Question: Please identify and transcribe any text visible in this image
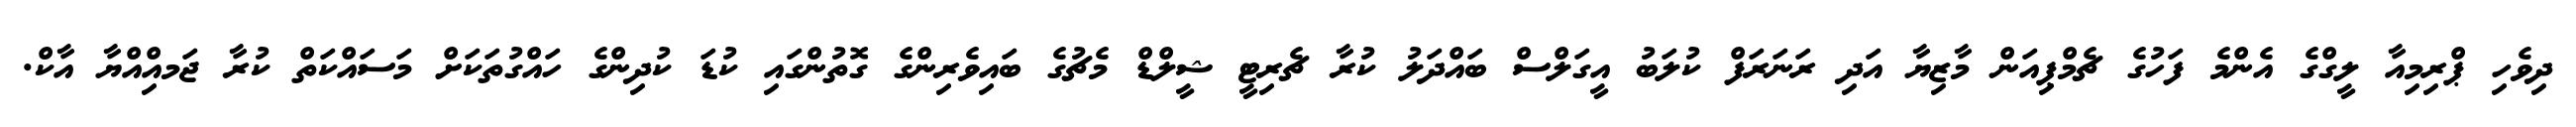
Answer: ދިވެހި ޕްރިމިއާ ލީގްގެ އެންމެ ފަހުގެ ޗެމްޕިއަން މާޒިޔާ އަދި ރަނަރަފް ކުލަބު އީގަލްސް ބައްދަލު ކުރާ ޗެރިޓީ ޝީލްޑް މެޗުގެ ބައިވެރިންގެ ގޮތުންގައި ކުޑަ ކުދިންގެ ހައްގުތަކަށް މަސައްކަތް ކުރާ ޖަމއްިއްޔާ އާކް.